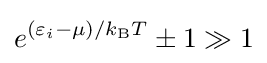
e^{(\varepsilon _{i}-\mu )/k_{\text{B}}T}\pm 1\gg 1